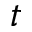
t